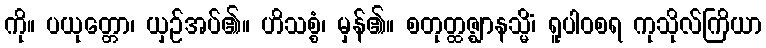
ကို။ ပယုတ္တော၊ ယှဉ်အပ်၏။ ဟိသစ္စံ၊ မှန်၏။ စတုတ္ထဇ္ဈာနသ္မိံ၊ ရူပါဝစရ ကုသိုလ်ကြိယာ